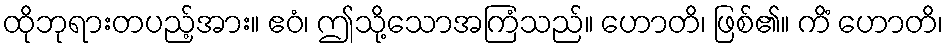
ထိုဘုရားတပည့်အား။ ဧဝံ၊ ဤသို့သောအကြံသည်။ ဟောတိ၊ ဖြစ်၏။ ကိံ ဟောတိ၊